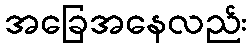
အခြေအနေလည်း